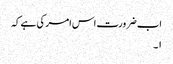
اب ضرورت اس امر کی ہے کہ
۱۔